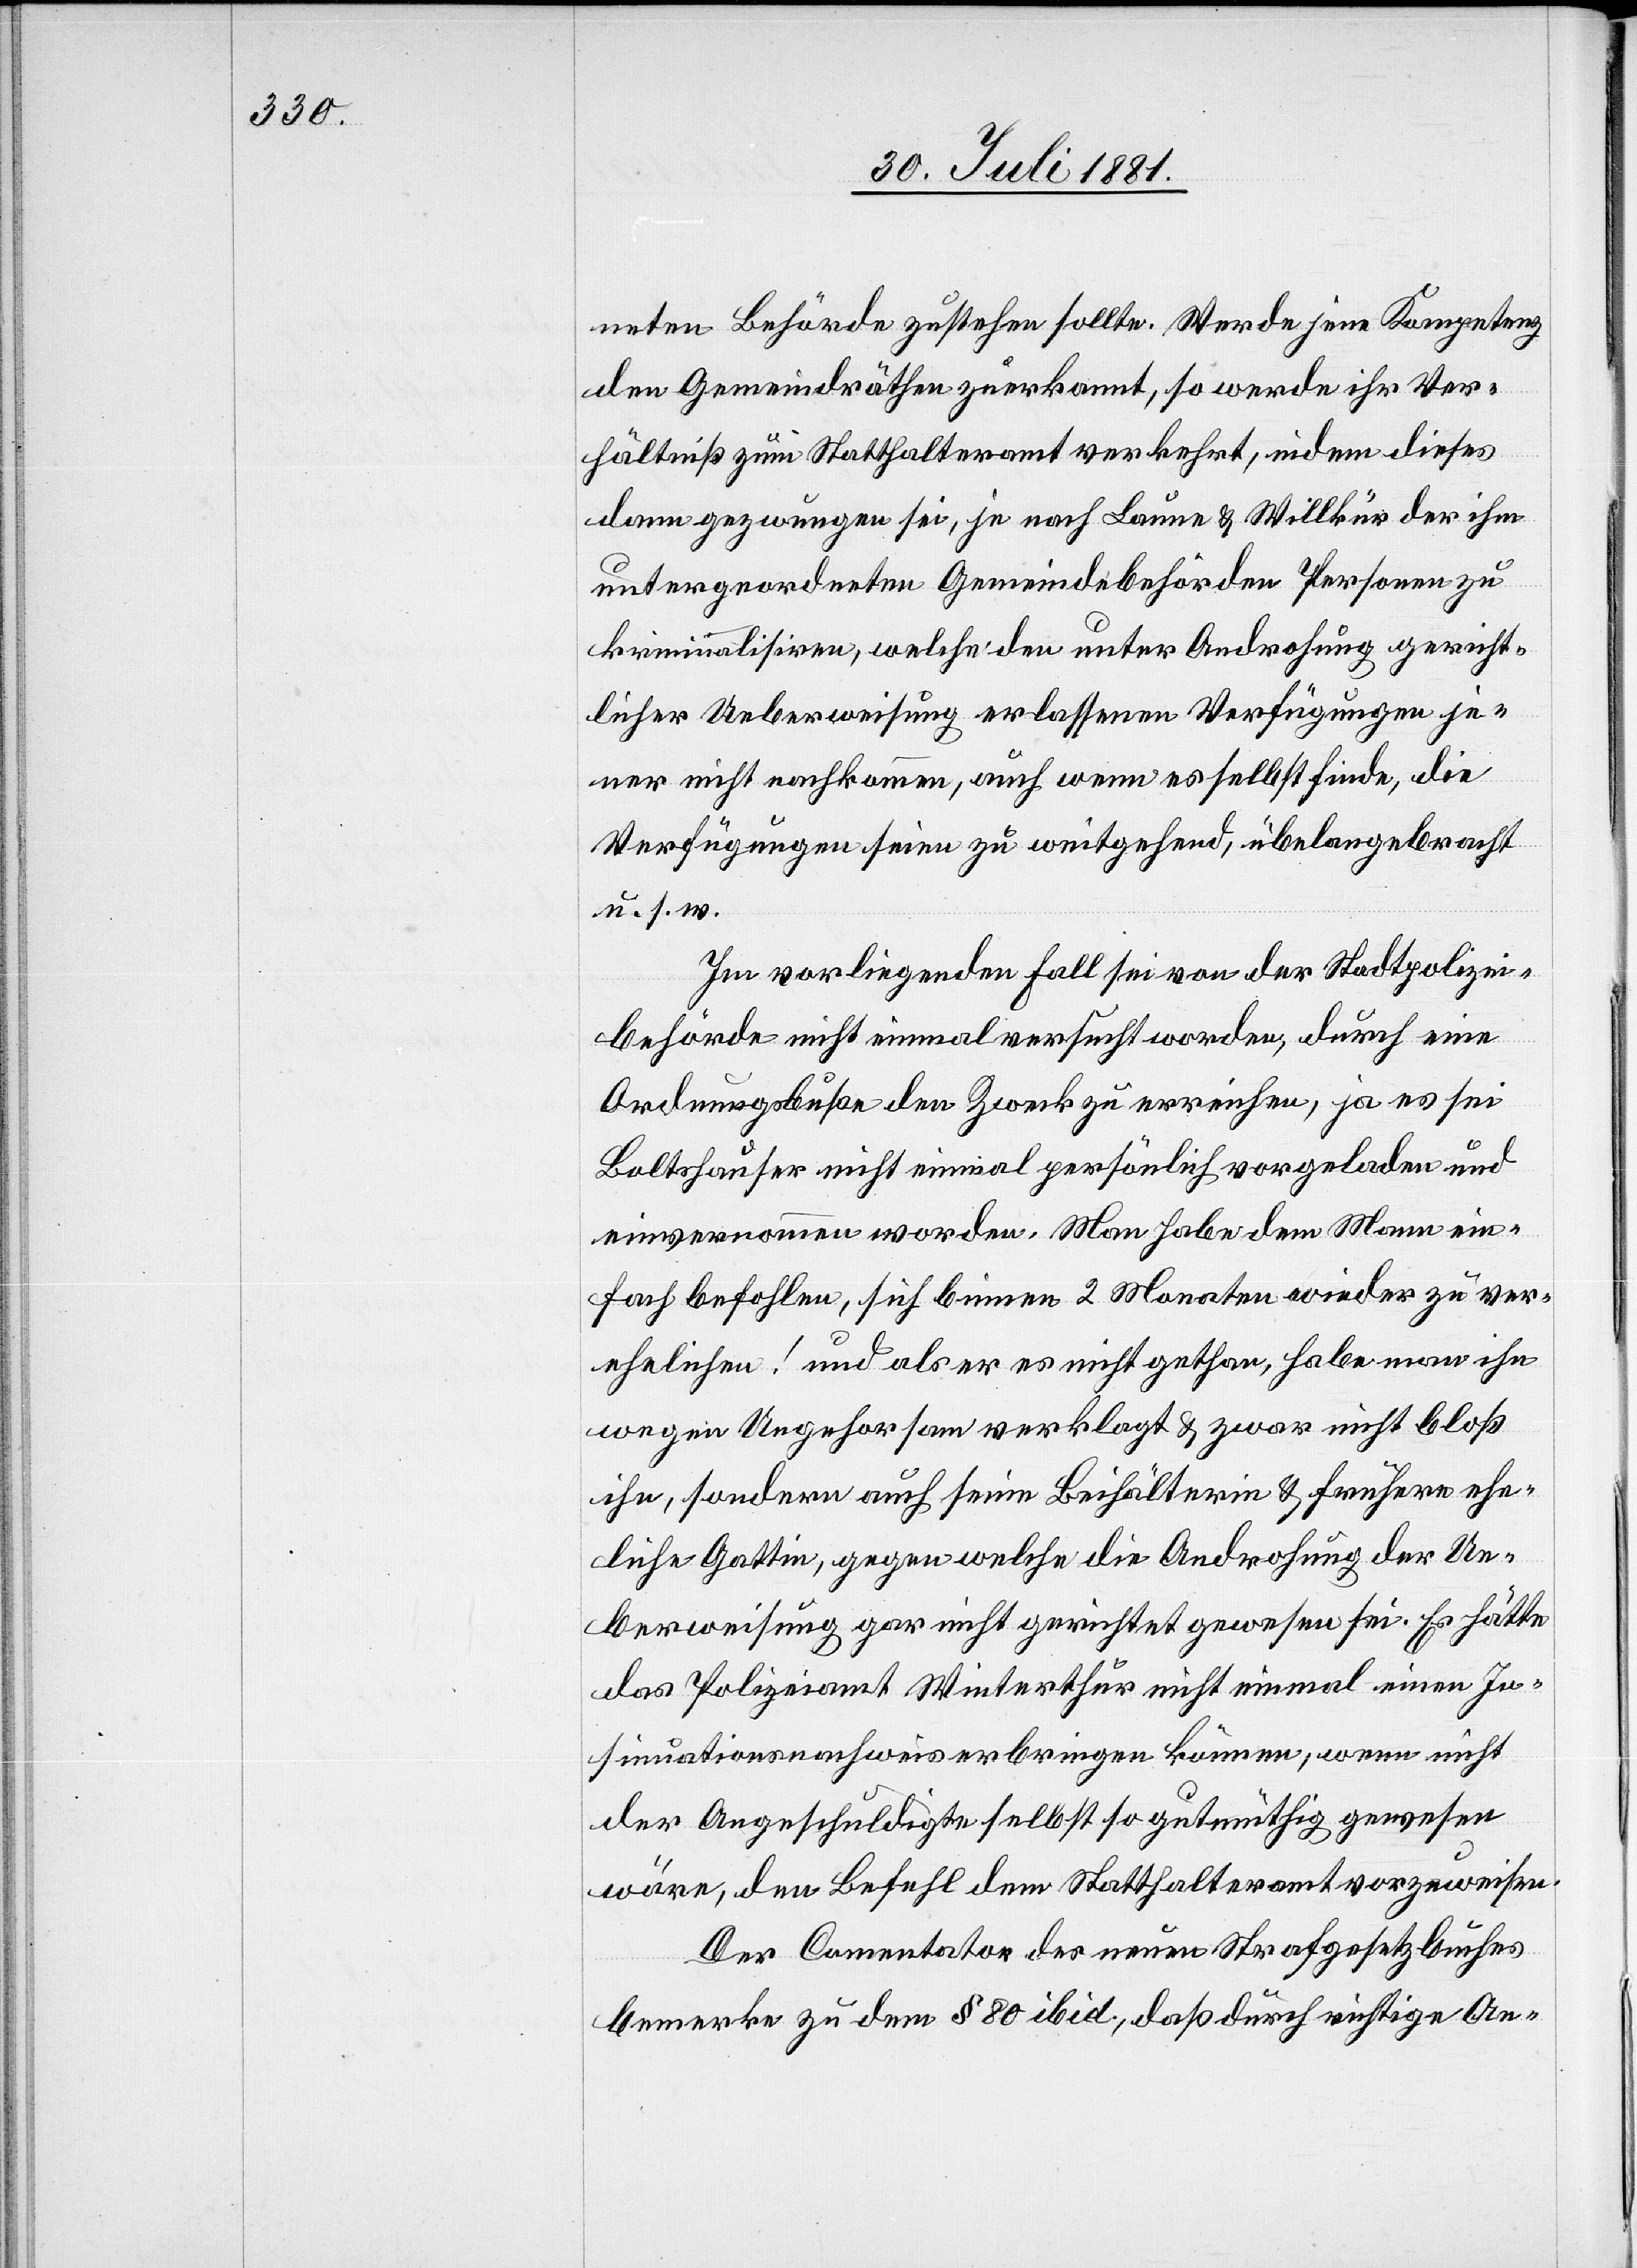
neten Behörde zustehen sollte. Werde jene Kompetenz
den Gemeindräthen zuerkannt, so werde ihr Ver¬
hältniß zum Statthalteramt verkehrt, indem dieses
dann gezwungen sei, je nach Launen & Willkür der ihm
untergeordneten Gemeindebehörden Personen zu
kriminalisiren, welche den unter Androhung gericht¬
licher Ueberweisung erlassenen Verfügungen je¬
ner nicht nachkommen, auch wenn es selbst finde, die
Verfügungen seien zu weitgehend, übelangebracht
u. s. w.
Im vorliegenden Fall sei von der Stadtpolizei¬
behörde nicht einmal versucht worden, durch eine
Ordnungsbuße den Zweck zu erreichen, ja es sei
Boltshauser nicht einmal persönlich vorgeladen und
einvernommen worden. Man habe dem Mann ein¬
fach befohlen, sich binnen 2 Monaten wieder zu ver¬
ehelichen! und als er es nicht gethan, habe man ihn
wegen Ungehorsam verklagt & zwar nicht bloß
ihn, sondern auch seine Beihälterin & frühere ehe¬
liche Gattin, gegen welche die Androhung der Ue¬
berweisung gar nicht gerichtet gewesen sei. Es hätte
das Polizeiamt Winterthur nicht einmal einen In¬
sinuationsnachweis erbringen können, wenn nicht
der Angeschuldigte selbst so gutmüthig gewesen
wäre, den Befehl dem Statthalteramt vorzuweisen.
Der Comentator des neuen Strafgesetzbuches
bemerke zu dem § 80 ibid., daß durch richtige An-